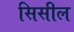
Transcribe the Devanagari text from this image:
सिसील